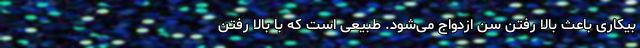
بیکاری باعث بالا رفتن سن ازدواج می‌شود. طبیعی است که با بالا رفتن